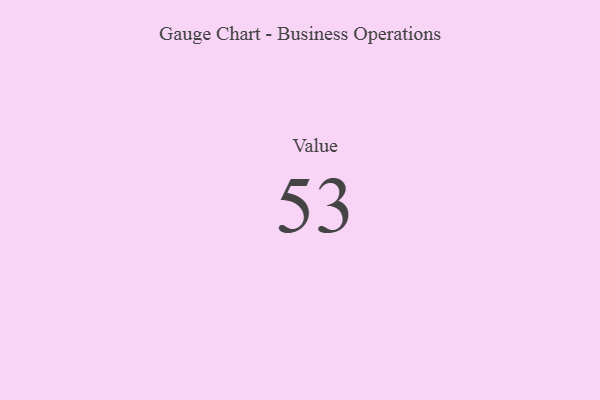
{"axis": {"x": "Metric", "y": "Value"}, "legend": [""], "data": [{"x": "Value", "y": 53, "type": ""}]}